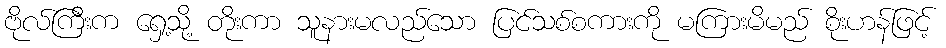
ဗိုလ်ကြီးက ရှေ့သို့ တိုးကာ သူနားမလည်သော ပြင်သစ်စကားကို မကြားမိမည် စိုးဟန်ဖြင့်